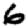
Digit: 6